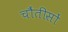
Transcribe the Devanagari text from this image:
चौंतीसों